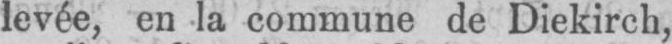
levée, en la commune de Diekirch,